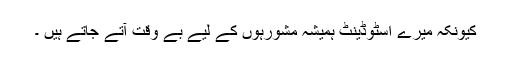
کیونکہ میرے اسٹوڈینٹ ہمیشہ مشورہوں کے لیے بے وقت آتے جاتے ہیں ۔